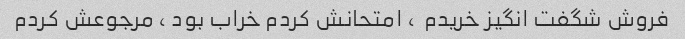
فروش شگفت انگیز خریدم  ، امتحانش کردم خراب بود ، مرجوعش کردم